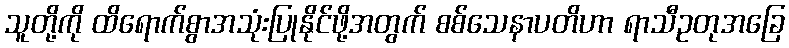
သူတို့ကို ထိရောက်စွာအသုံးပြုနိုင်ဖို့အတွက် စစ်သေနာပတိဟာ ရာသီဥတုအခြေ